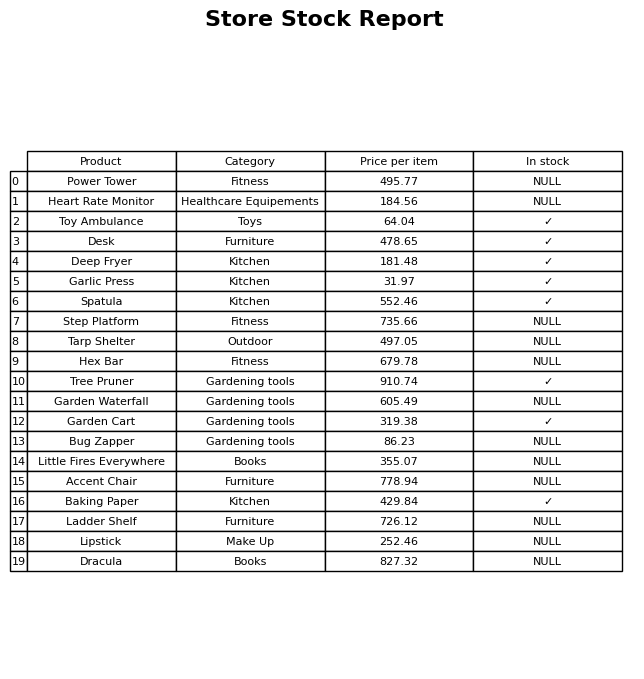
question: What is the price of the Spatula?
answer: The price of Spatula is 552.46.